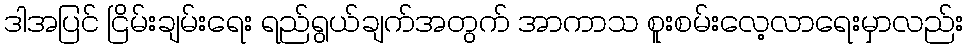
ဒါအပြင် ငြိမ်းချမ်းရေး ရည်ရွယ်ချက်အတွက် အာကာသ စူးစမ်းလေ့လာရေးမှာလည်း